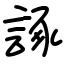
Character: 諑